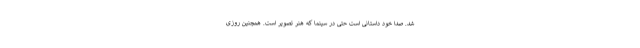
شد. صدا خود داستانی است حتی در سینما که هنر تصویر است. همچنین روزی